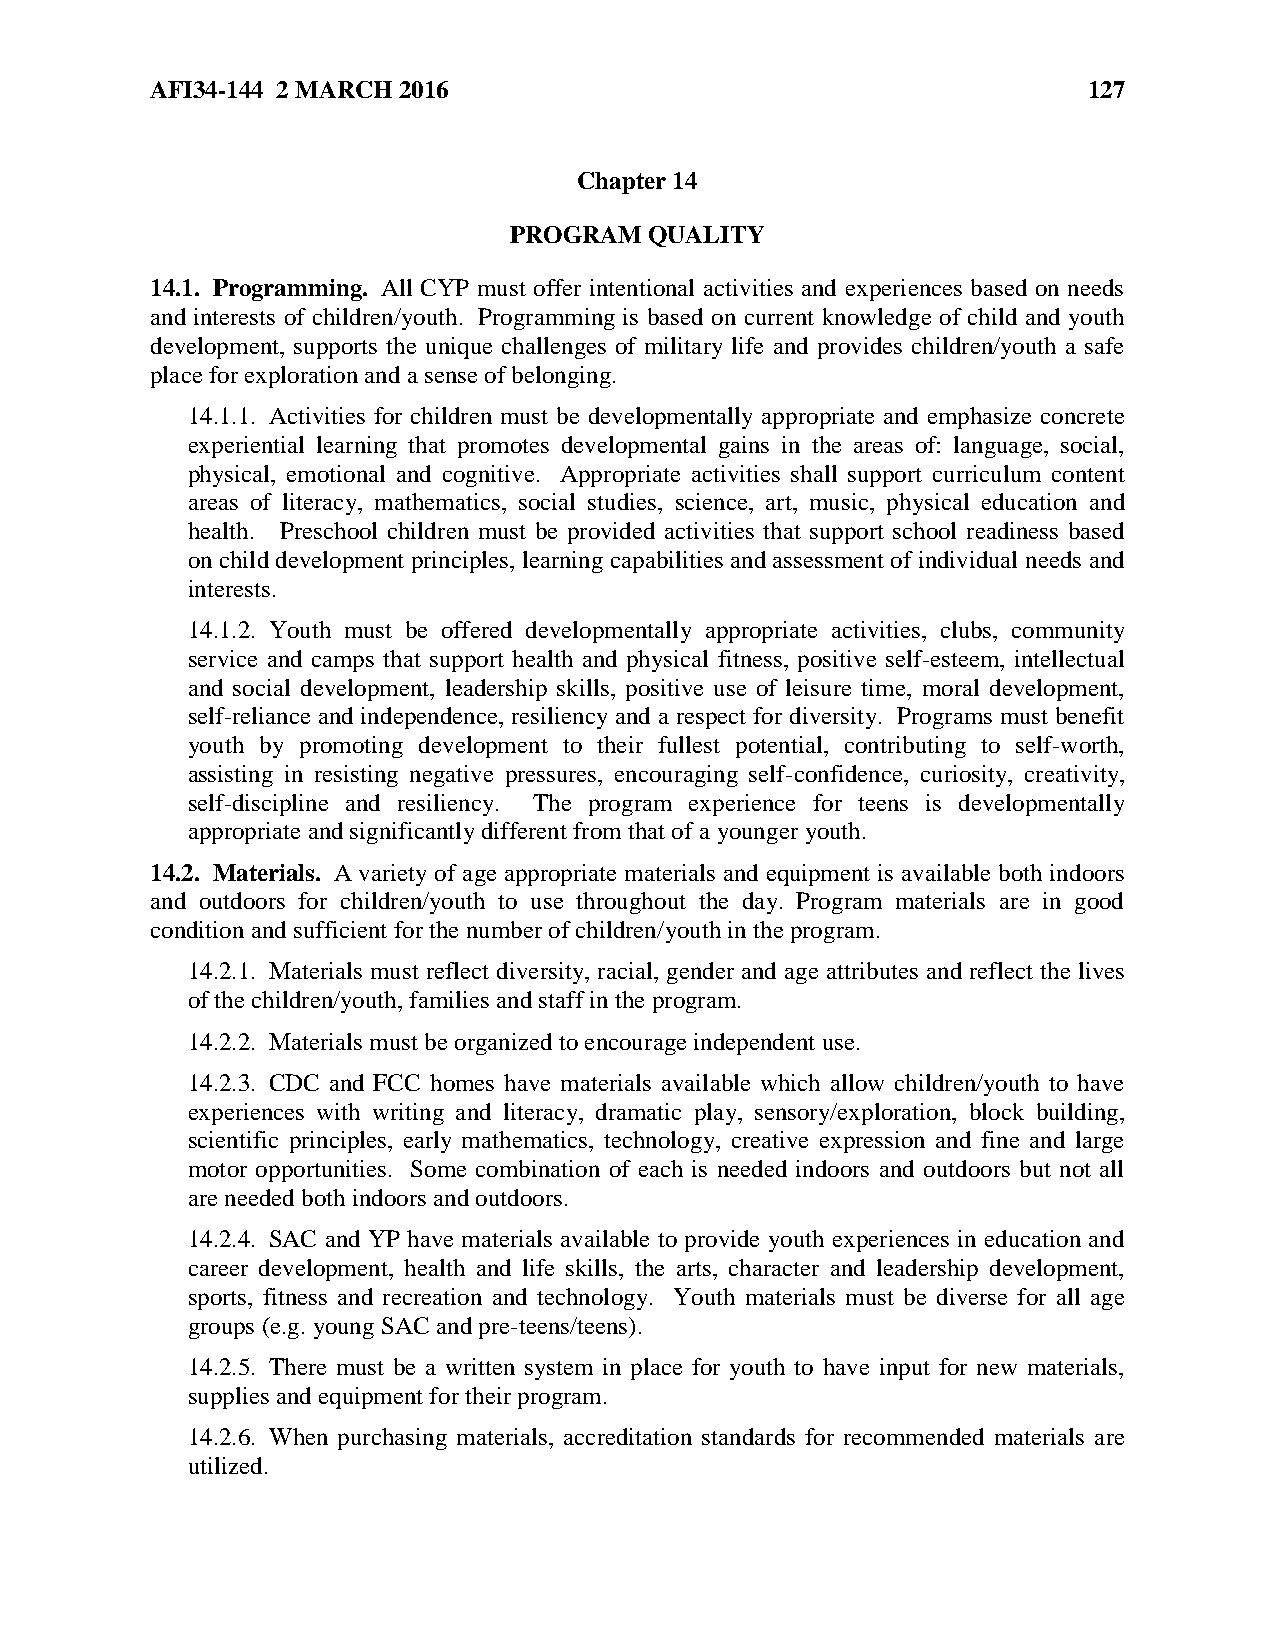
AFI34-144 2 MARCH 2016                                        127
 Chapter 14
 PROGRAM  QUALITY
 14.1. Programming. All CYP must offer intentional activities and experiences based on needs
 and interests of children/youth. Programming is based on current knowledge of child and youth
 development, supports the unique challenges of military life and provides children/youth a safe
 place for exploration and a sense of belonging.
 14.1.1. Activities for children must be developmentally appropriate and emphasize concrete
 experiential learning that promotes developmental gains in the areas of: language, social,
 physical, emotional and cognitive. Appropriate activities shall support curriculum content
 areas of literacy, mathematics, social studies, science, art, music, physical education and
 health. Preschool children must be provided activities that support school readiness based
 on child development principles, learning capabilities and assessment of individual needs and
 interests.
 14.1.2. Youth must be offered developmentally appropriate activities, clubs, community
 service and camps that support health and physical fitness, positive self-esteem, intellectual
 and social development, leadership skills, positive use of leisure time, moral development,
 self-reliance and independence, resiliency and a respect for diversity. Programs must benefit
 youth by promoting development to their fullest potential, contributing to self-worth,
 assisting in resisting negative pressures, encouraging self-confidence, curiosity, creativity,
 self-discipline and resiliency. The program experience for teens is developmentally
 appropriate and significantly different from that of a younger youth.
 14.2. Materials. A variety of age appropriate materials and equipment is available both indoors
 and outdoors for children/youth to use throughout the day. Program materials are in good
 condition and sufficient for the number of children/youth in the program.
 14.2.1. Materials must reflect diversity, racial, gender and age attributes and reflect the lives
 of the children/youth, families and staff in the program.
 14.2.2. Materials must be organized to encourage independent use.
 14.2.3. CDC and FCC homes have materials available which allow children/youth to have
 experiences with writing and literacy, dramatic play, sensory/exploration, block building,
 scientific principles, early mathematics, technology, creative expression and fine and large
 motor opportunities. Some combination of each is needed indoors and outdoors but not all
 are needed both indoors and outdoors.
 14.2.4. SAC and YP have materials available to provide youth experiences in education and
 career development, health and life skills, the arts, character and leadership development,
 sports, fitness and recreation and technology. Youth materials must be diverse for all age
 groups (e.g. young SAC and pre-teens/teens).
 14.2.5. There must be a written system in place for youth to have input for new materials,
 supplies and equipment for their program.
 14.2.6. When purchasing materials, accreditation standards for recommended materials are
 utilized.